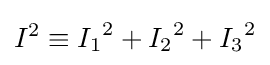
I^{2}\equiv {I_{1}}^{2}+{I_{2}}^{2}+{I_{3}}^{2}